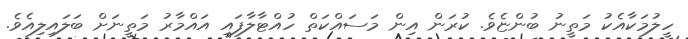
ހީލުމަކާއެކު މަތީނު ބުންޏެވެ. ކުރަން އިން މަސައްކަތް ހުއްޓާލާފައި އައްމާރު މަތީނަށް ބަލައިލިއެވެ.